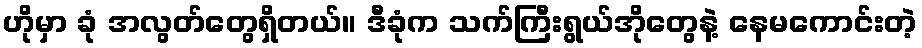
ဟိုမှာ ခုံ အလွတ်တွေရှိတယ်။ ဒီခုံက သက်ကြီးရွယ်အိုတွေနဲ့ နေမကောင်းတဲ့